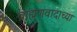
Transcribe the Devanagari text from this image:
ब्राह्मणवादाच्या